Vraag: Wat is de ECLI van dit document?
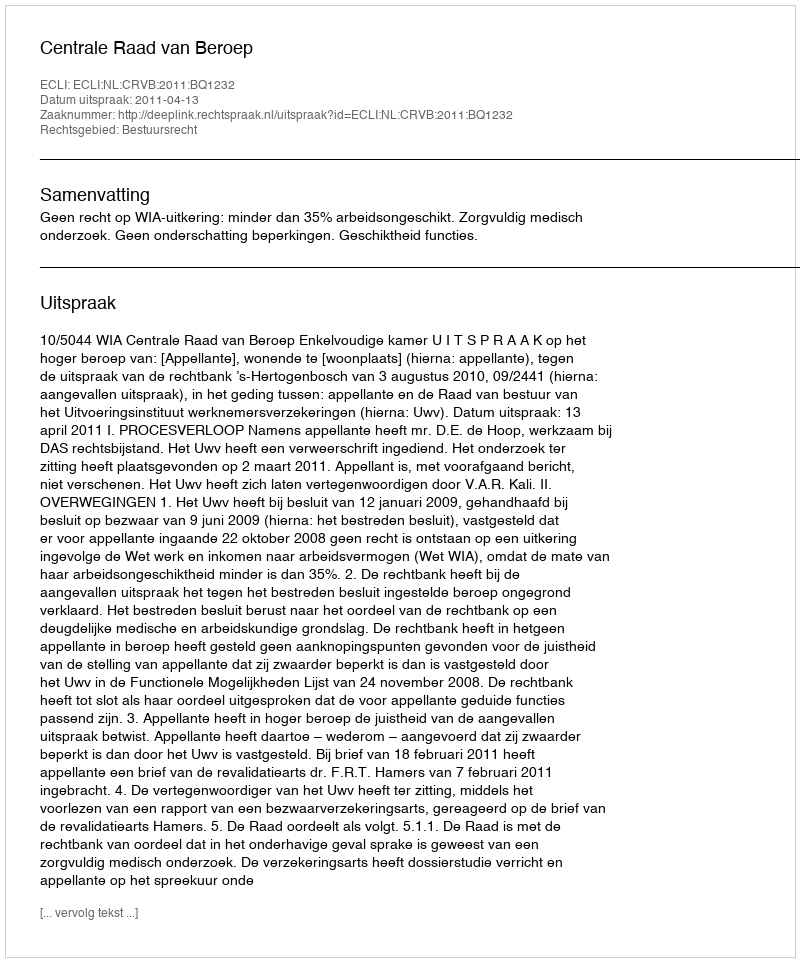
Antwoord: ECLI:NL:CRVB:2011:BQ1232